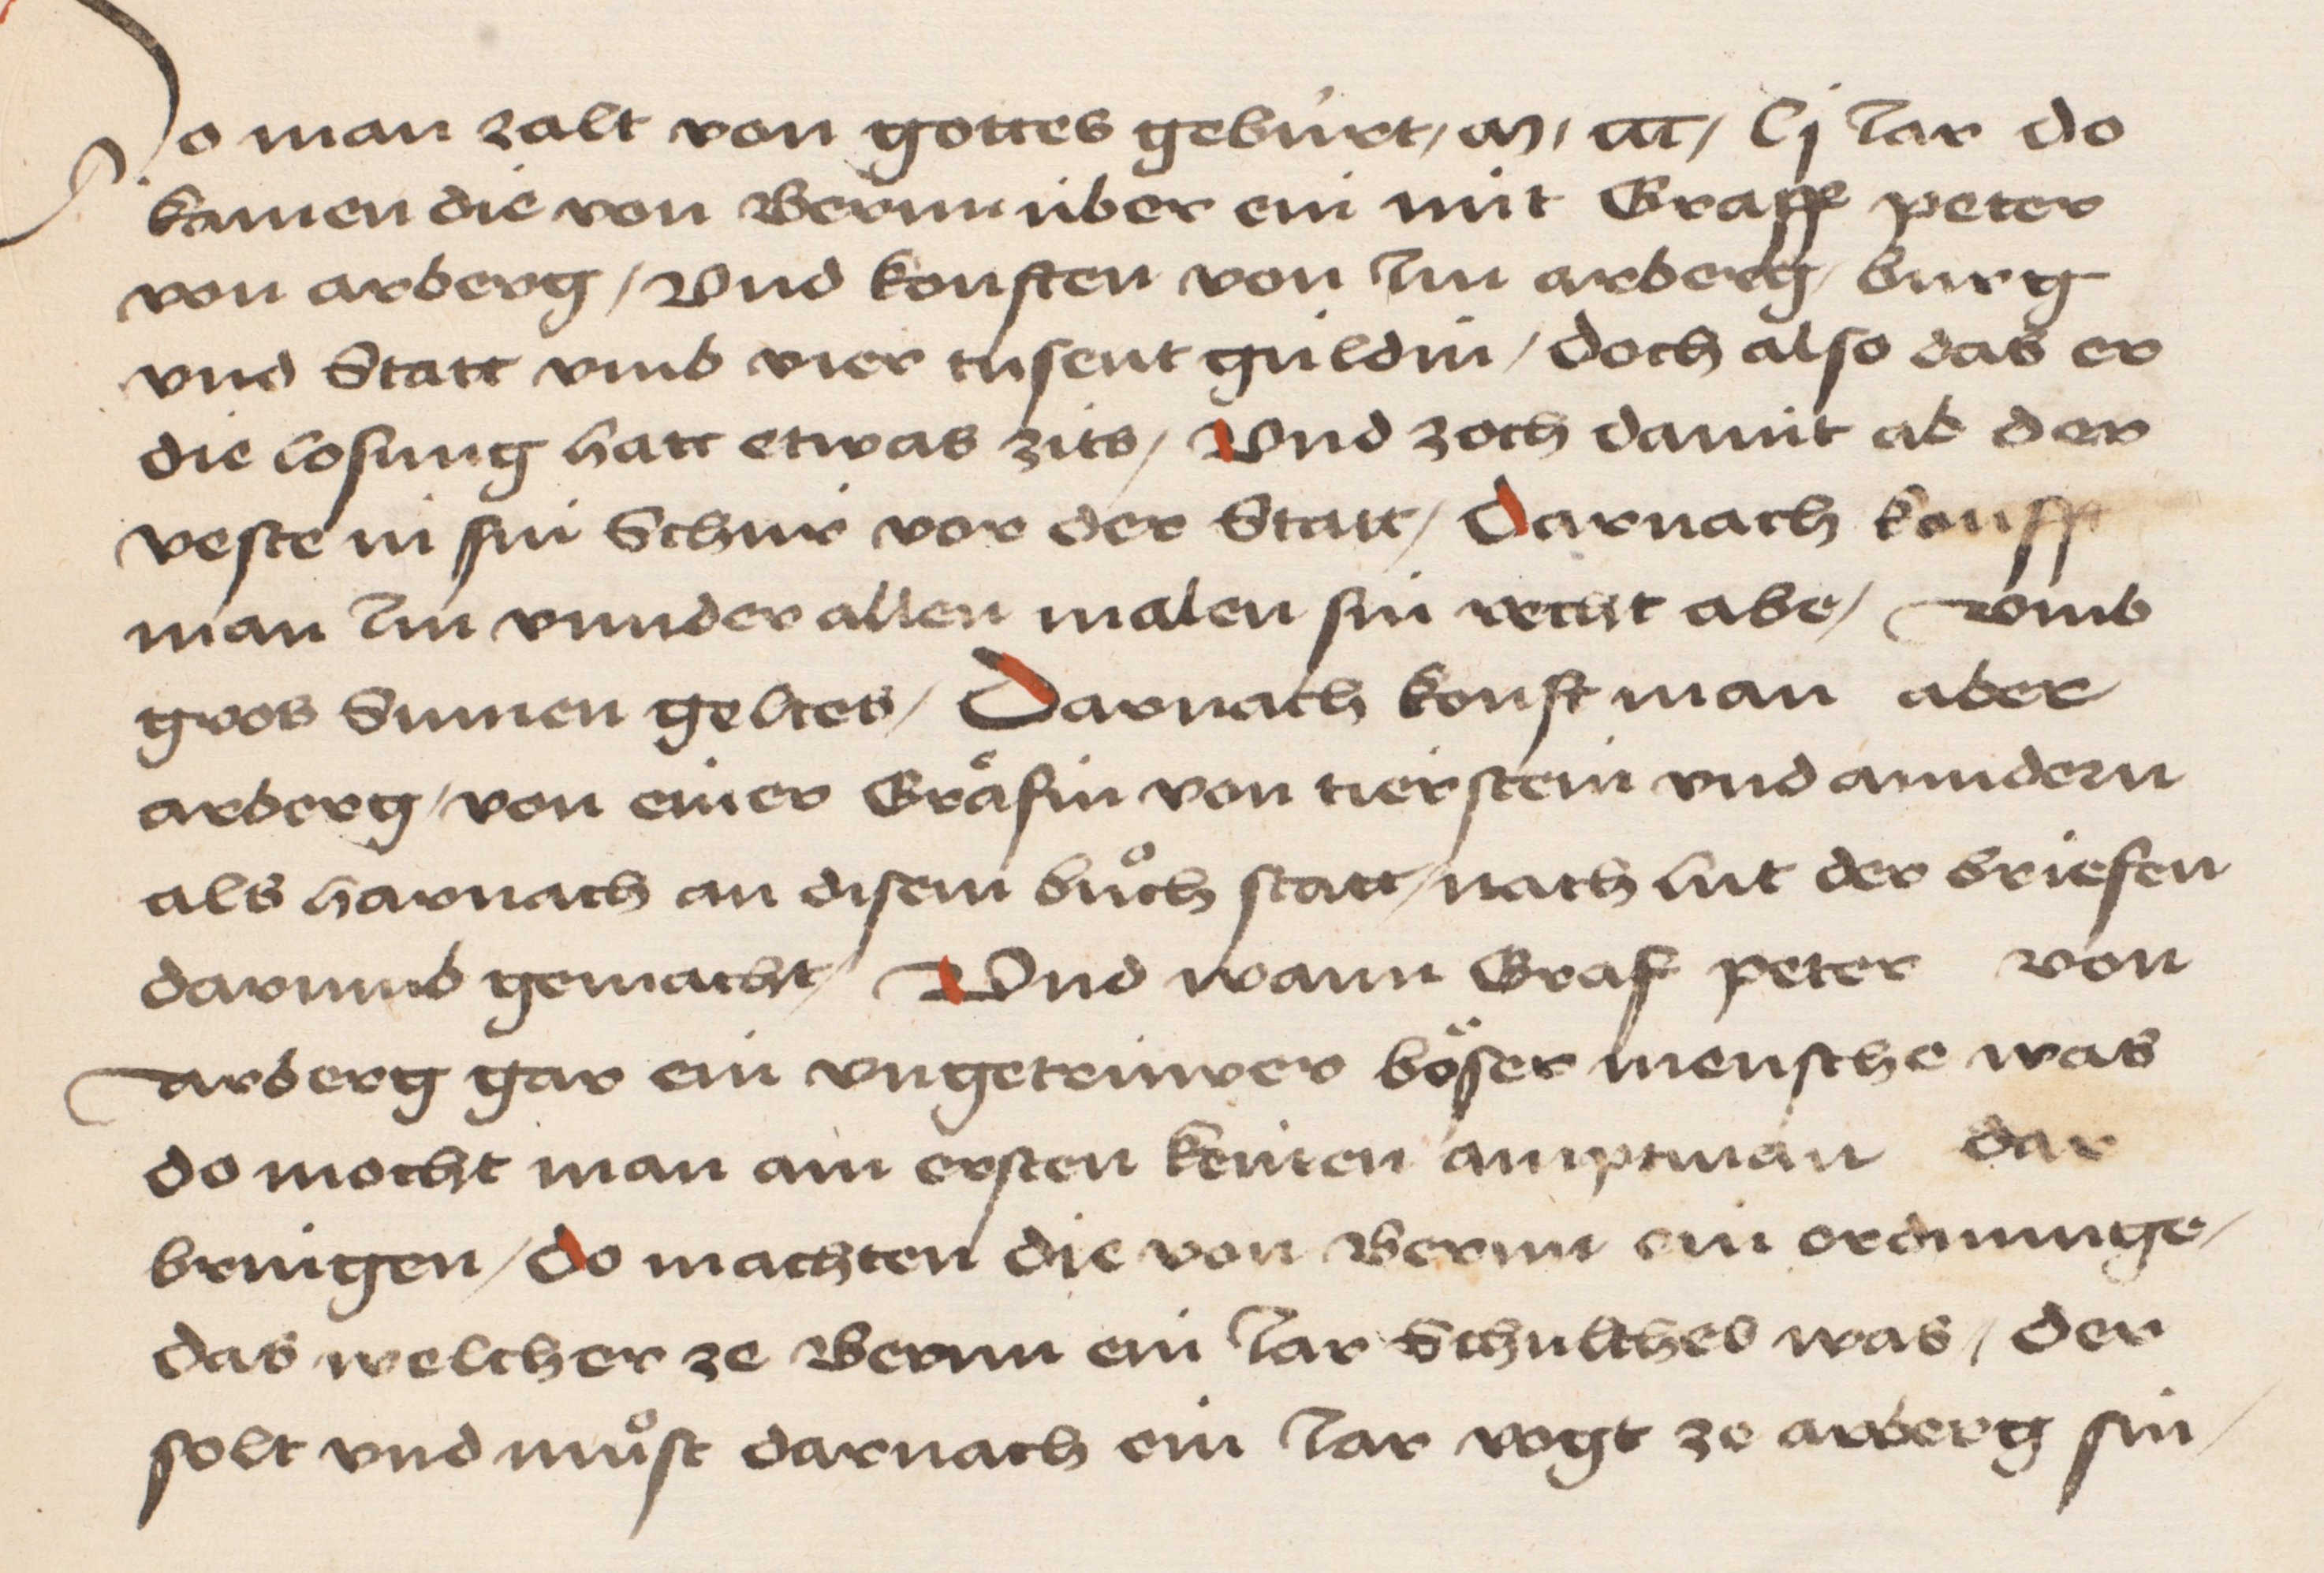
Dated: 1484–1485